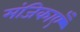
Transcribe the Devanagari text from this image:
मंजिकाएँ